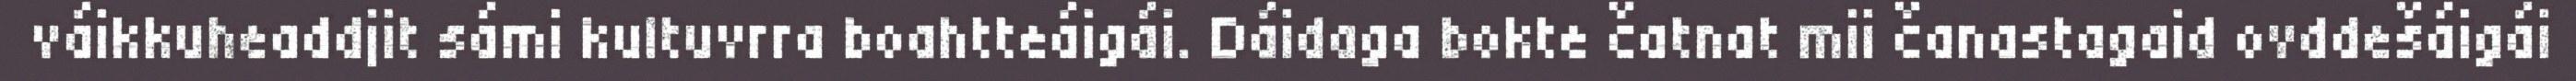
váikkuheaddjit sámi kultuvrra boahtteáigái. Dáidaga bokte čatnat mii čanastagaid ovddešáigái